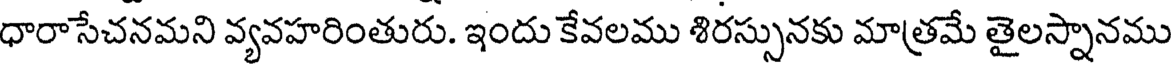
ధారాసేచనమని వ్యవహరింతురు. ఇందు కేవలము శిరస్సునకు మాత్రమే తైలస్నానము